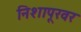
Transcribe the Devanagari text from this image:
निशापूरवर